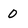
Character: 0